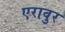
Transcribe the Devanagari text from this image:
एरावुर